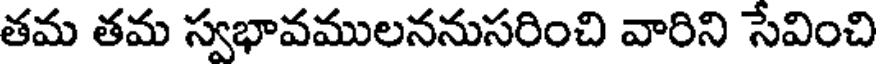
తమ తమ స్వభావములననుసరించి వారిని సేవించి